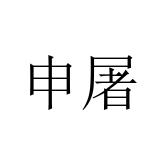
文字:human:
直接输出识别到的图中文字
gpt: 申屠